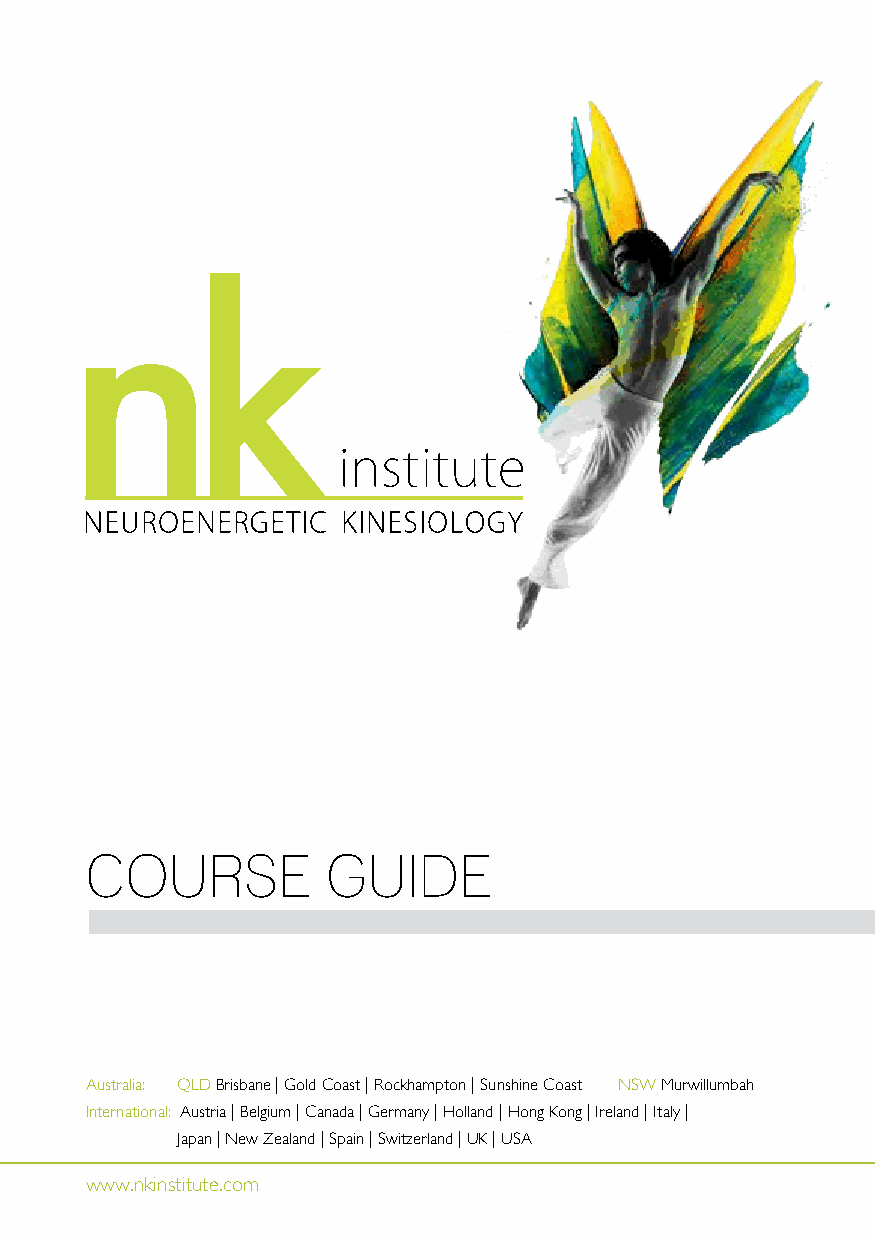
COURSE          GUIDE
 Australia: QLD Brisbane | Gold Coast | Rockhampton | Sunshine Coast NSW Murwillumbah
 International: Austria | Belgium | Canada | Germany | Holland | Hong Kong | Ireland | Italy |
 Japan | New Zealand | Spain | Switzerland | UK | USA
 www.nkinstitute.com